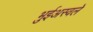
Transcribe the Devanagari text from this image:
भुईअस्वले